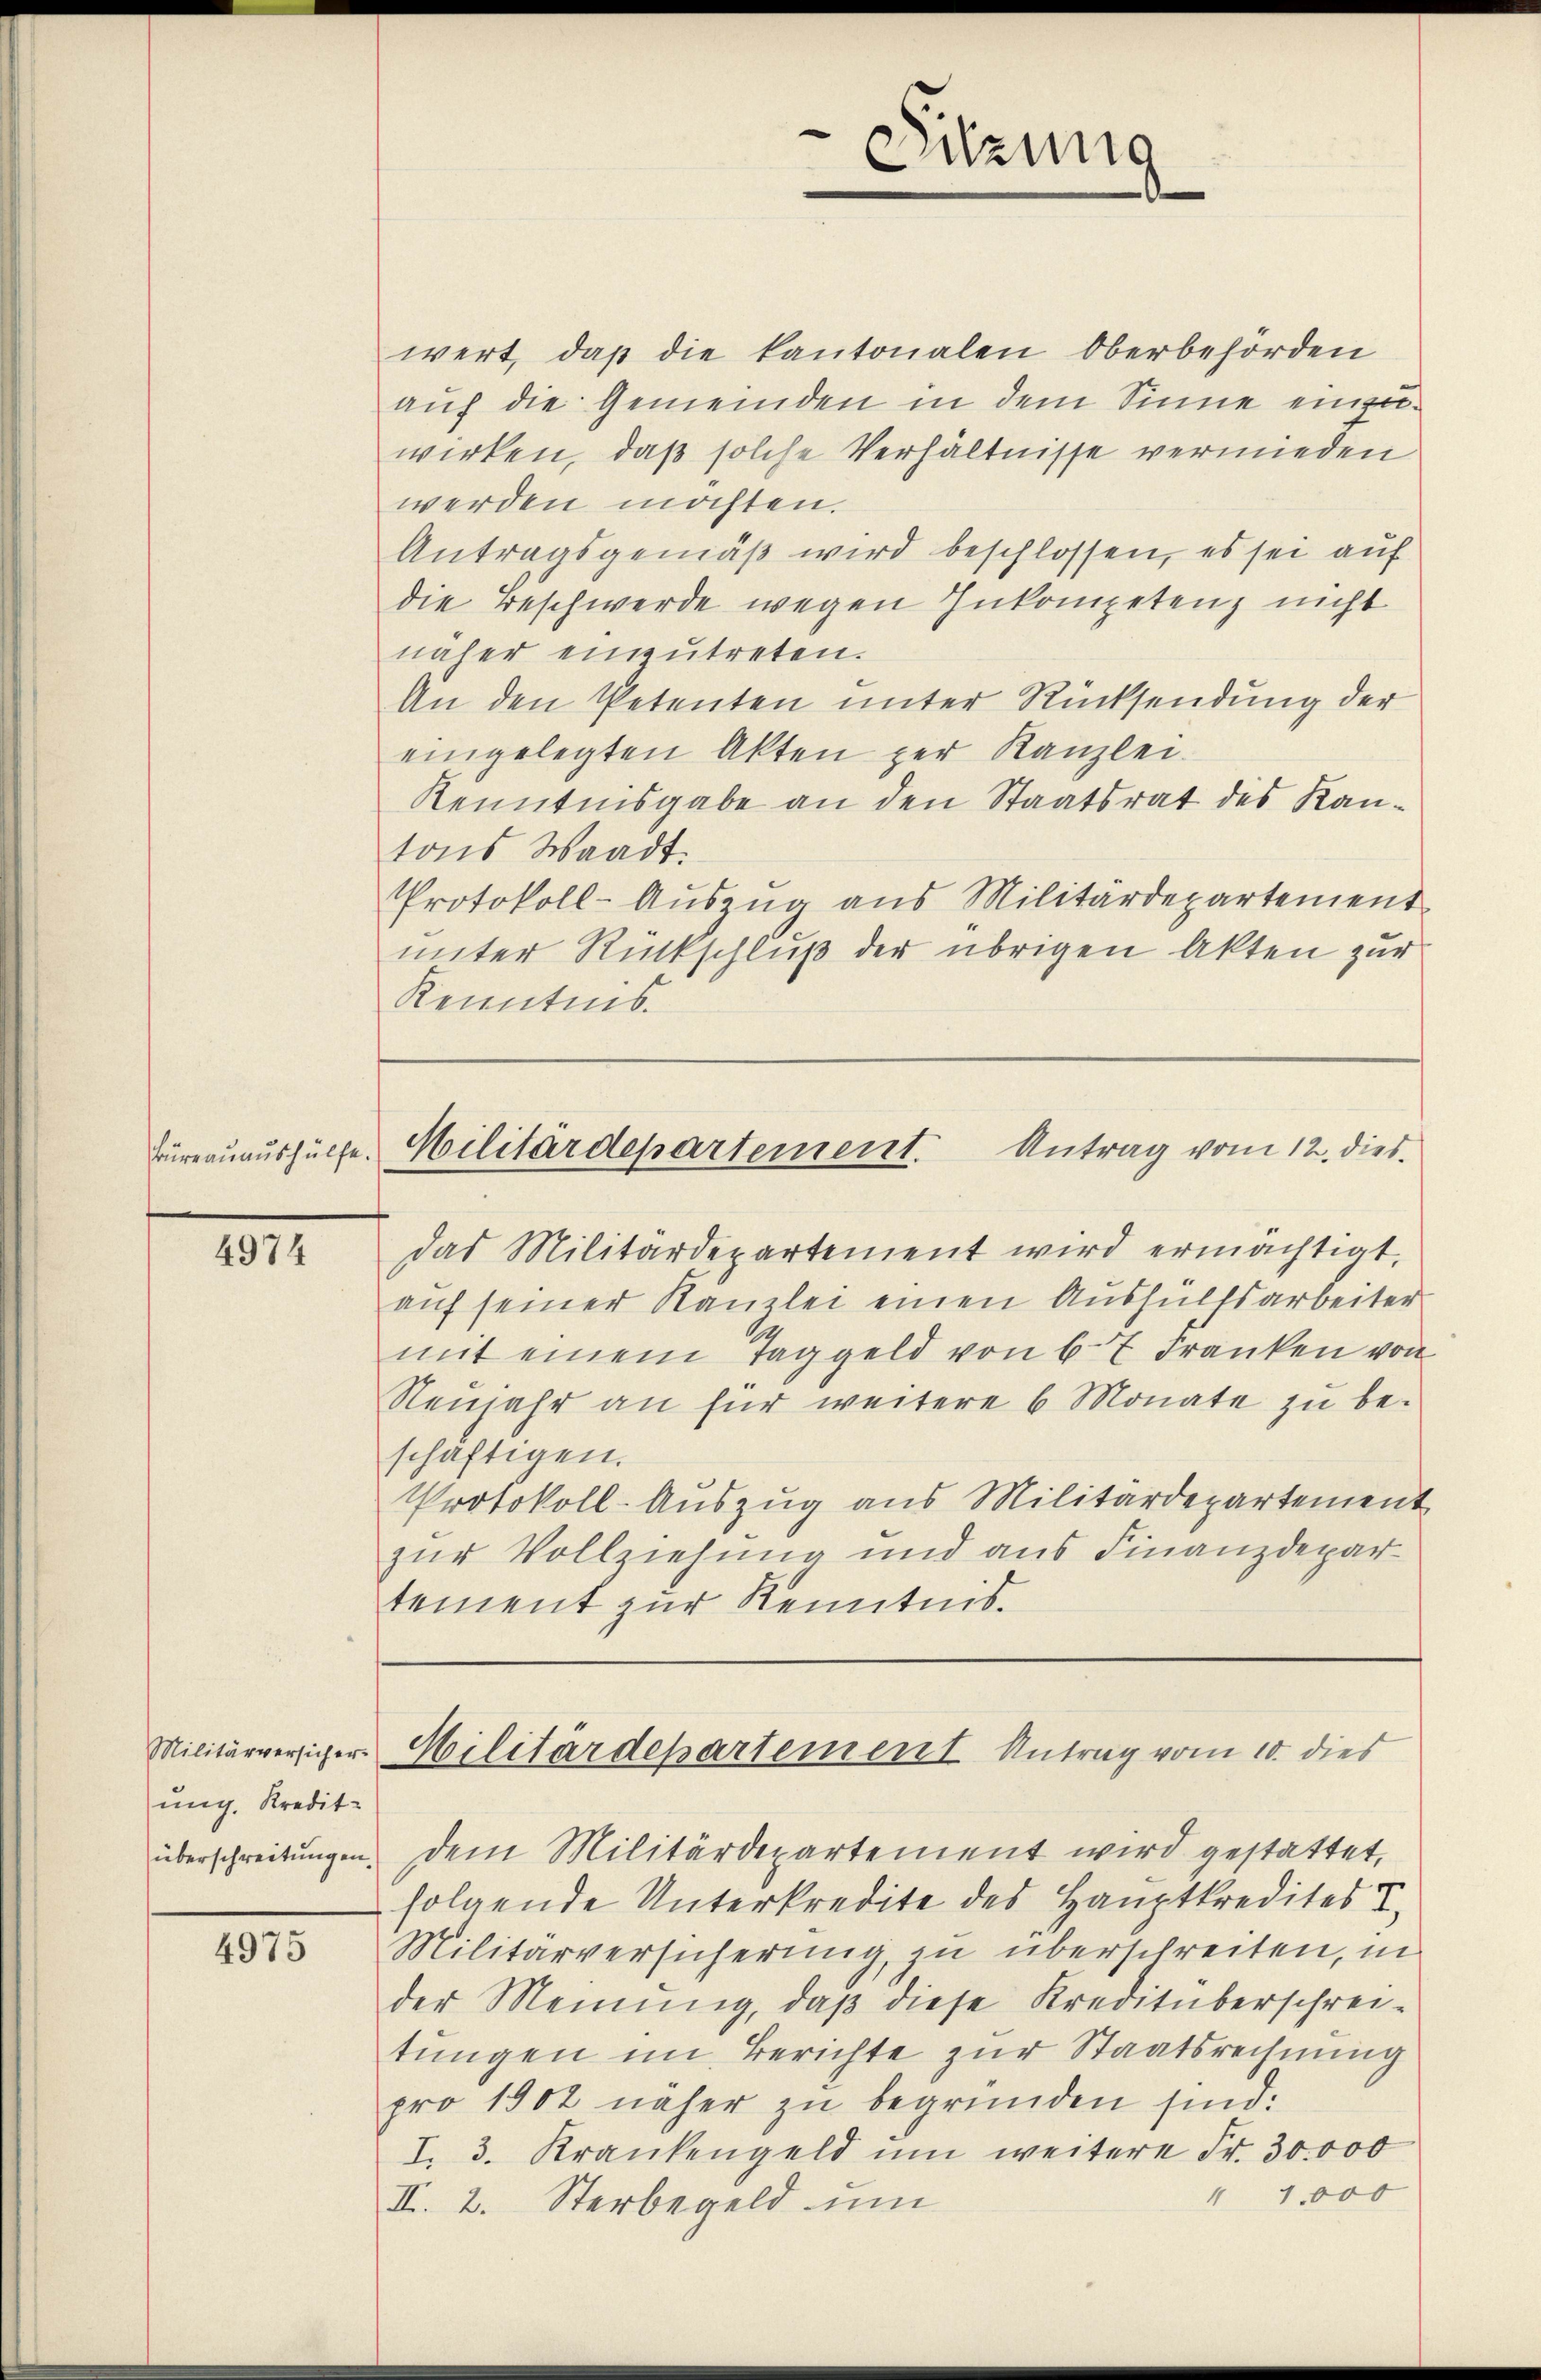
4974

Militärversich erung. Kredit
überschreitungen.

4975

wert, daß die kantonalen Oberbehörden
auf die Gemeinden in dem Sinne einzuwirken, daß solche Verhältnisse vermieden
werden möchten.
Antragsgemäβ wird beschlossen, es sei auf
die Beschwerde wegen Inkompetenz nicht
näher einzŭtreten.
An den Petenten unter Rücksendung der
eingelegten Akten zur Kanzlei-
Kenntnisgabe an den Staatsrat des Kantons Waadt.
Protokoll-Auszug aus Militärdepartement
unter Rückschluß der übrigen Akten zur
Kenntnis.

das Militärdepartement wird ermächtigt,
auf seiner Kanzlei einen Aushülfsarbeiter
mit einem Taggeld von 67 Franken von
Neujahr an für weitere 6 Monate zu beschäftigen.
Protokoll-Auszug aus Militärdepartement
zur Vollziehung und aus Finanzdepartement zur Kenntnis.

Sitzung

Büreaŭaŭshülfe. Militärdepartement. Antrag vom 12. dies

Militärdepartement Antrag vom 10. dies

dem Militärdepartement wird gestattet,
folgende Unterkredite des Hauptkredites I
Militärversicherung, zu überschreiten, in
der Meinung, daß diese Kreditüberschreitungen im Berichte zur Staatsrechnung
pro 1902 näher zu begründen sind.
I. 3. Krankengeld ŭm weitere Fr. 30.000
 1,000
II. 2. Sterbegeld um